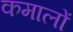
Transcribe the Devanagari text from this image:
कमालों